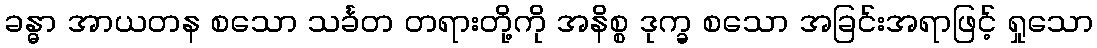
ခန္ဓာ အာယတန စသော သင်္ခတ တရားတို့ကို အနိစ္စ ဒုက္ခ စသော အခြင်းအရာဖြင့် ရှုသော